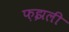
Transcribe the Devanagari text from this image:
फ़झली